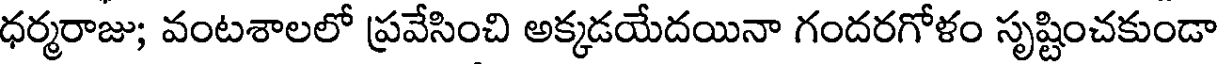
ధర్మరాజు; వంటశాలలో ప్రవేసించి అక్కడయేదయినా గందరగోళం సృష్టించకుండా